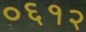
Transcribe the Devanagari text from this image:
०६१२